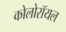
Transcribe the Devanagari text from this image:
कोलोरॉयल